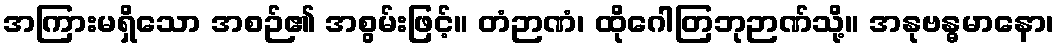
အကြားမရှိသော အစဉ်၏ အစွမ်းဖြင့်။ တံဉာဏံ၊ ထိုဂေါတြဘုဉာဏ်သို့။ အနုဗန္ဓမာနော၊